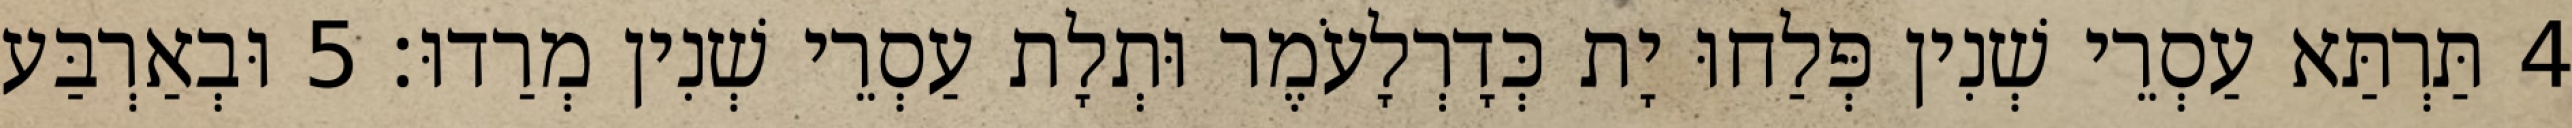
4 תַּרְתַּא עַסְרֵי שְׁנִין פְּלַחוּ יָת כְּדָרְלָעֹמֶר וּתְלָת עַסְרֵי שְׁנִין מְרַדוּ׃ 5 וּבְאַרְבַּע